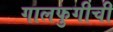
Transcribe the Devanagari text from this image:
गालफुगीची